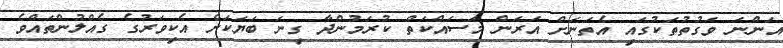
އަންނަ ވަގުތުތަކުގައި އެތަނަށް އަރަން މަސައްކަތް ކުރަމުންދާ ގިނަ ބަޔަކަށް އެކިވަރުގެ ގެއްލުންތައްވެ